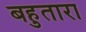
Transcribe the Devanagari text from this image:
बहुतारा